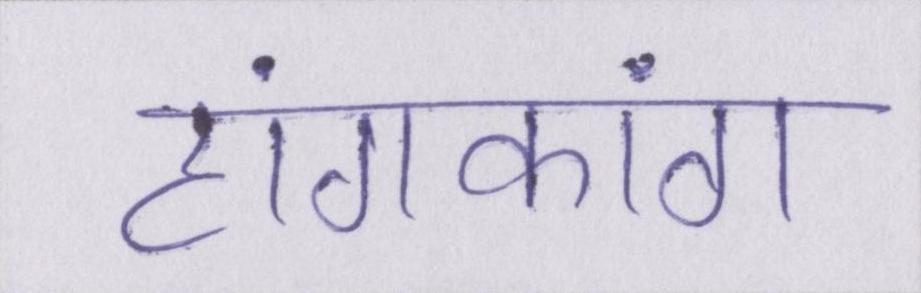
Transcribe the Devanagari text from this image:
हांगकांग